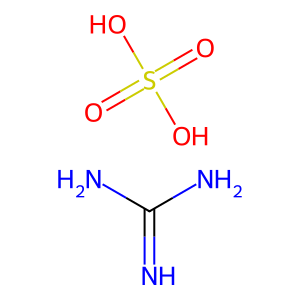
SMILES: N=C(N)N.O=S(=O)(O)O
Inhibits HIV replication: No